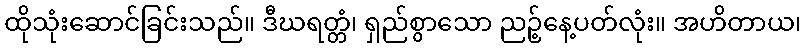
ထိုသုံးဆောင်ခြင်းသည်။ ဒီဃရတ္တံ၊ ရှည်စွာသော ညဉ့်နေ့ပတ်လုံး။ အဟိတာယ၊